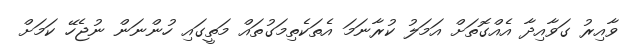
ވާއިރު ގަވާއިދާ އެއްގޮތަށް އަމަލު ކުރާނަމަ އެތަކެތިމަގުތައް މަތީގައި ހުންނަން ނުޖެހޭ ކަމަށް